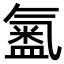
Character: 𭾍